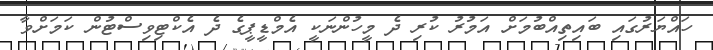
ހައްޔަރުގައި ބައިތިއްބުމަށް އަމުރު ކުރި ދެ މީހުންނަކީ އެމްޑީޕީގެ ދެ އެކްޓިވިސްޓުން ކަމަށްވާ